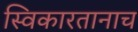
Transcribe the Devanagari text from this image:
स्विकारतानाच